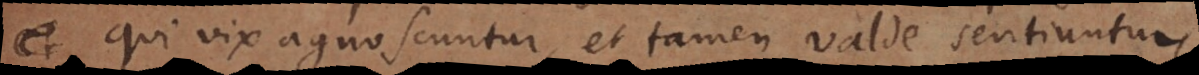
qui vix agnoscuntur, et tamen valde sentiuntur,